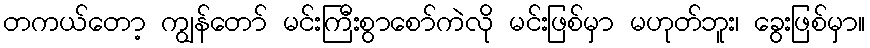
တကယ်တော့ ကျွန်တော် မင်းကြီးစွာစော်ကဲလို မင်းဖြစ်မှာ မဟုတ်ဘူး၊ ခွေးဖြစ်မှာ။